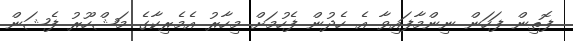
ފޮތިން ފަހަން ނިންމާފައިވާ އެ ހެދުން ފެހުމަށް މިހާރު އެމެރިކާގެ މަޝްހޫރު ފެޝަން